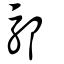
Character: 䣖